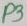
Text: P3